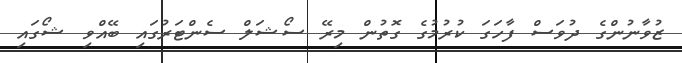
ޒުވާނުންގެ ދުވަސް ފާހަގަ ކުރުމުގެ ގޮތުން މިރޭ ސޯޝަލް ސެންޓަރުގައި ބޭއްވި ޝޯގައި